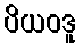
ပိယဝဒူ